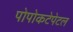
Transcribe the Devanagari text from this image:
पोपोकटेपेटल